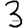
Digit: 3